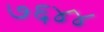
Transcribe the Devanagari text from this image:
७६४४